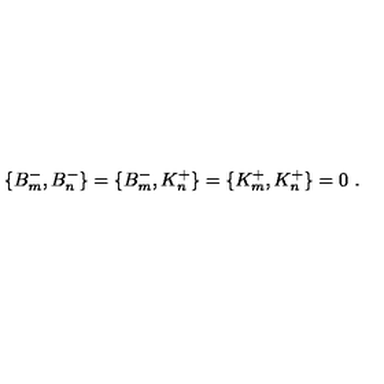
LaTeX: \{ B _ { m } ^ { - } , B _ { n } ^ { - } \} = \{ B _ { m } ^ { - } , K _ { n } ^ { + } \} = \{ K _ { m } ^ { + } , K _ { n } ^ { + } \} = 0 \ .